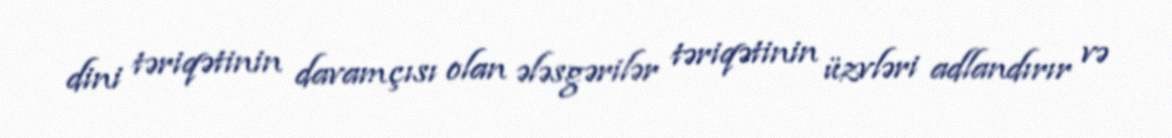
dini təriqətinin davamçısı olan ələsgərilər təriqətinin üzvləri adlandırır və